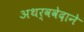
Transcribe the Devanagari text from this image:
अथर्ववेदाने